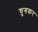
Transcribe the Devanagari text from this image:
चुगकर